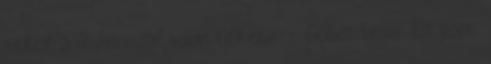
akkor a videoszalagon fekete - feher lesz. Es pont